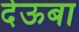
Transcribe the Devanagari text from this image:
देऊबा